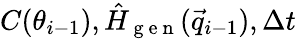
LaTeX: C(\theta_{i-1}),\hat{H}_{\mathrm{~g~e~n~}}(\vec{q}_{i-1}),\Delta t